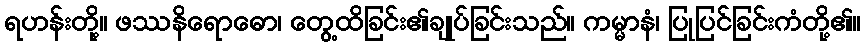
ရဟန်းတို့။ ဖဿနိရောဓော၊ တွေ့ထိခြင်း၏ချုပ်ခြင်းသည်။ ကမ္မာနံ၊ ပြုပြင်ခြင်းကံတို့၏။